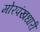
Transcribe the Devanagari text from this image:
मोरपंखधारी